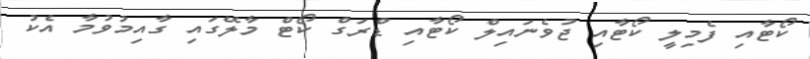
ކޯޓާއި ފެމިލީ ކޯޓާއި ޖުވެނައިލް ކޯޓާއި ޑްރަގް ކޯޓް މާލޭގައި ގާއިމުވުމާ އެކު